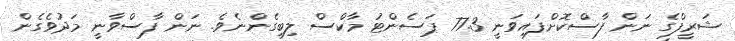
ޝަރީފްގެ ނަން ފާސްކޮށްފައިވަނީ 77.3 ޕަސެންޓު މާކްސް ލިބިގެންނެވެ. ނަން ފާސްވާނީ މަދުވެގެން